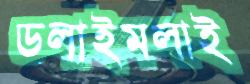
ডলাইমলাই